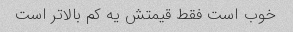
خوب است فقط قیمتش یه کم بالاتر است